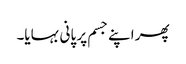
پھر اپنے جسم پر پانی بہایا۔